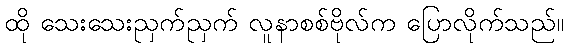
ထို သေးသေးညှက်ညှက် လူနာစစ်ဗိုလ်က ပြောလိုက်သည်။